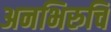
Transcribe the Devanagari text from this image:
अनभिरुचि